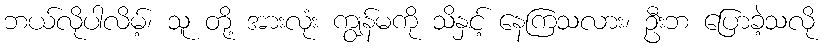
ဘယ်လိုပါလိမ့်၊ သူ တို့ အားလုံး ကျွန်မကို သိနှင့် နေကြသလား၊ ဦးဘ ပြောခဲ့သလို